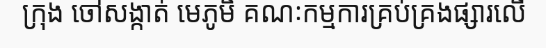
ក្រុង ចៅសង្កាត់ មេភូមិ គណៈកម្មការគ្រប់គ្រងផ្សារលើ